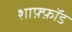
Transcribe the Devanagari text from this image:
शाफ़्फ़ॉड